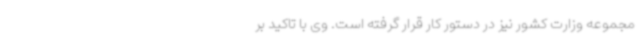
مجموعه وزارت کشور نیز در دستور کار قرار گرفته است. وی با تاکید بر